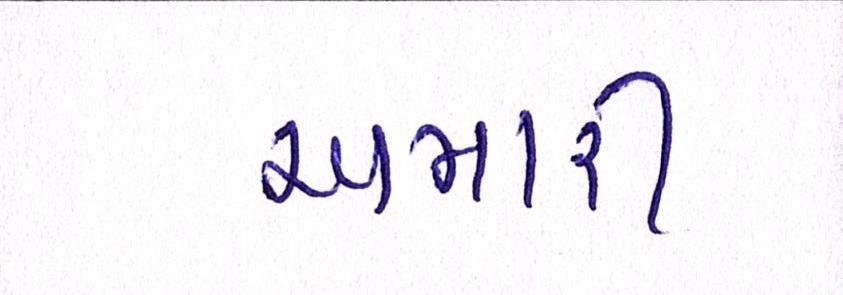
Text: અમારી